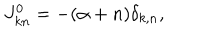
LaTeX: J _ { k n } ^ { 0 } = - ( \alpha + n ) \delta _ { k , n } ,